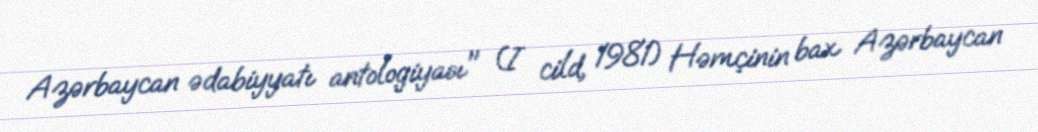
Azərbaycan ədabiyyatı antologiyası" (I cild, 1981) Həmçinin bax Azərbaycan